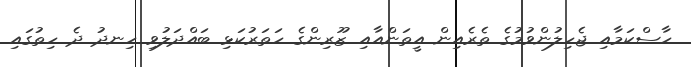
ހާސްކަމާއި ޖެހިލުންވުމުގެ ތެރެއިން އީތަންއާއި ޒޫރިންގެ ހަތަރުކަޅި ބައްދަލުވި ހިނދު ދެ ހިތުގައި